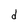
Character: d